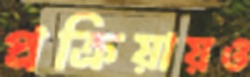
প্রক্রিয়ায়ও